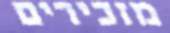
מזכירים